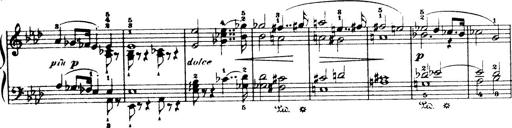
Title: Wagner-Liszt Album
Composer: Franz Liszt